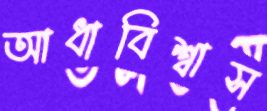
আধাবিশ্বাস